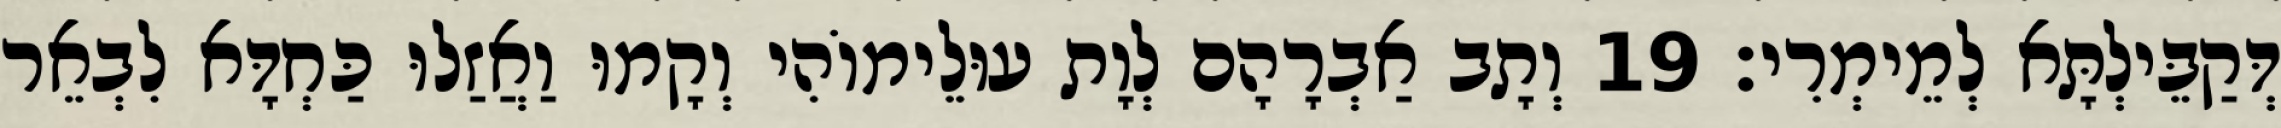
דְּקַבֵּילְתָּא לְמֵימְרִי׃ 19 וְתָב אַבְרָהָם לְוָת עוּלֵימוֹהִי וְקָמוּ וַאֲזַלוּ כַּחְדָּא לִבְאֵר